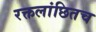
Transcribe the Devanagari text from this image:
रक्तलांछितच